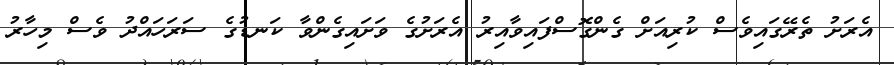
އެރަށު ތެރޭގައިވެސް ކުރިއަށް ގެންގޮސްފައިވާއިރު އެރަށުގެ ވަށައިގެންވާ ކަނޑުގެ ސަރަހައްދު ވެސް މިހާރު